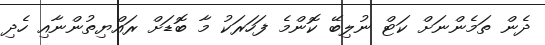
ދެން ތަމެންނަށް ކަޓް ނުލިބޭ ކޮންމެ ފަހަރަކު މާ ބޮޑަށް ރައްޔިތުންނާއި ހެދި